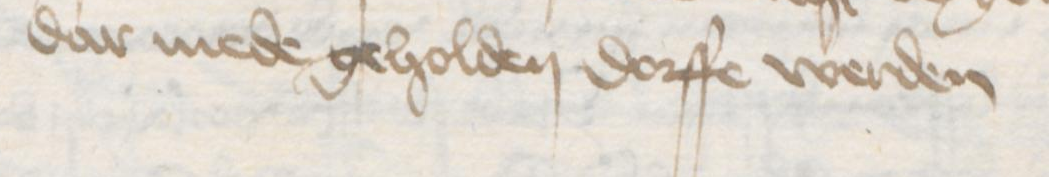
dar mede geholden dorffe werden